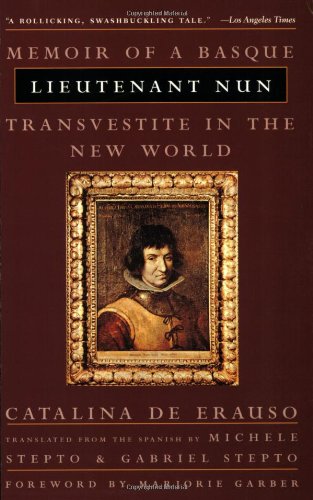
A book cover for Lieutenant Nun: Memoir of a Basque Transvestite in the New World; Catalina De Erauso; Gay & Lesbian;